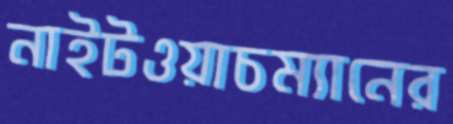
নাইটওয়াচম্যানের